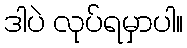
ဒါပဲ လုပ်ရမှာပါ။